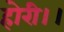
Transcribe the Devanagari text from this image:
होरी।।